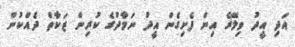
އަދި އީދު ވިލޭރެ އިން ފެށިގެން އީދު ނަމާދުގެ ކުރިން ޒަކާތް ދެއްކުން